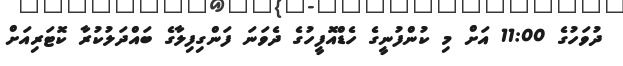
ދުވަހުގެ 11:00 އަށް މި ކުންފުނީގެ ހެޑްއޮފީހުގެ ދެވަނަ ފަންގިފިލާގެ ބައްދަލުކުރާ ކޮޓަރިއަށް